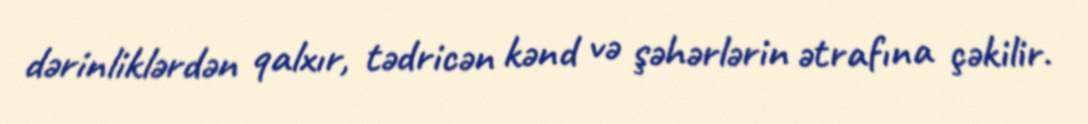
dərinliklərdən qalxır, tədricən kənd və şəhərlərin ətrafına çəkilir.